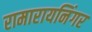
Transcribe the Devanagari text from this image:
रामारायनिंगर